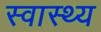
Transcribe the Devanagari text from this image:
स्‍वास्‍थ्य